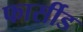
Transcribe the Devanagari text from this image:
फार्सीड